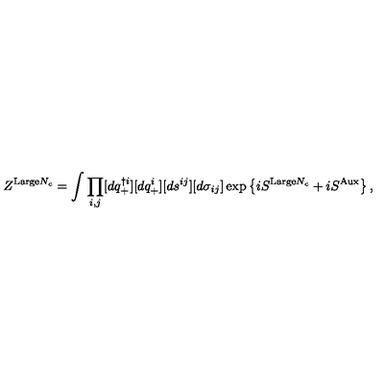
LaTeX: Z ^ { \mathrm { L a r g e } N _ { c } } = \int \prod _ { i , j } [ d q _ { + } ^ { \dag i } ] [ d q _ { + } ^ { i } ] [ d s ^ { i j } ] [ d \sigma _ { i j } ] \exp \left\{ i S ^ { \mathrm { L a r g e } N _ { c } } + i S ^ { \mathrm { A u x } } \right\} ,